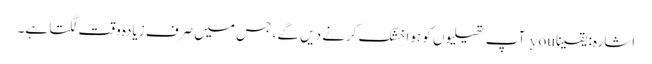
اشارہ: یقینا you آپ تھیلیوں کو ہوا خشک کرنے دیں گے ، جس میں صرف زیادہ وقت لگتا ہے۔